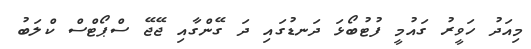
މިއަދު ހަވީރު ގައުމީ ފުޓުބޯޅަ ދަނޑުގައި ދަ ގޭންގާއި ޖޭޖޭ ސްޕޯޓްސް ކްލަބު